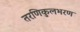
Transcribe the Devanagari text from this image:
तरणिकुलभरण